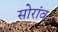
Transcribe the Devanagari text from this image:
सोरांव